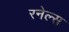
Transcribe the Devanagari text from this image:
रनेल्स